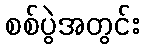
စစ်ပွဲအတွင်း